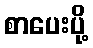
စာပေးပို့